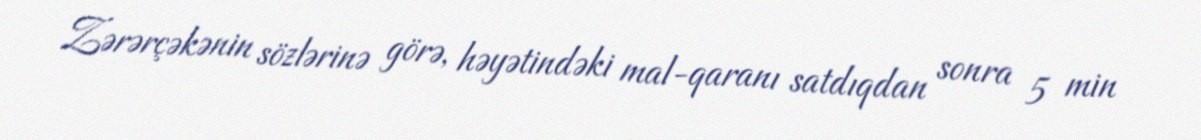
Zərərçəkənin sözlərinə görə, həyətindəki mal-qaranı satdıqdan sonra 5 min